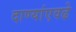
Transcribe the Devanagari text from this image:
दाण्यांएवढे